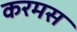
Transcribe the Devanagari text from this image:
करमस